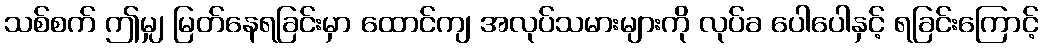
သစ်စက် ဤမျှ မြတ်နေရခြင်းမှာ ထောင်ကျ အလုပ်သမားများကို လုပ်ခ ပေါပေါနှင့် ရခြင်းကြောင့်